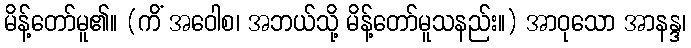
မိန့်တော်မူ၏။ (ကိံ အဝေါစ၊ အဘယ်သို့ မိန့်တော်မူသနည်း။) အာဝုသော အာနန္ဒ၊